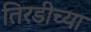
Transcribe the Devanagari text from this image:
तिरडीच्या